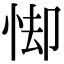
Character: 𪫸